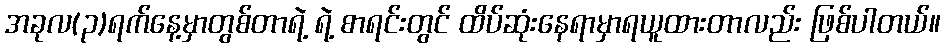
အခုလ(၃)ရက်နေ့မှာတွစ်တာရဲ့ ရဲ့ စာရင်းတွင် ထိပ်ဆုံးနေရာမှာရယူထားတာလည်း ဖြစ်ပါတယ်။